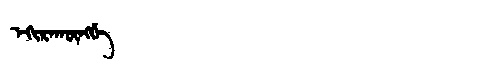
Manchu: ᡝᡴᡳᡵᠠᡴᡡᠩᡤᡝ
Romanization: EKIRAKŪNGGE